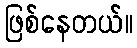
ဖြစ်နေတယ်။